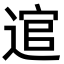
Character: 逭